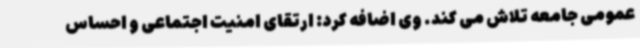
عمومی جامعه تلاش می کند. وی اضافه کرد: ارتقای امنیت اجتماعی و احساس